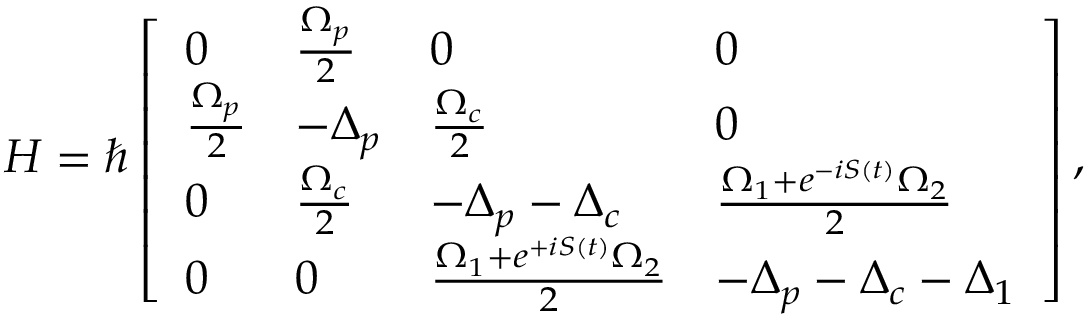
H = \hbar \left[ \begin{array} { l l l l } { 0 } & { \frac { \Omega _ { p } } { 2 } } & { 0 } & { 0 } \\ { \frac { \Omega _ { p } } { 2 } } & { - \Delta _ { p } } & { \frac { \Omega _ { c } } { 2 } } & { 0 } \\ { 0 } & { \frac { \Omega _ { c } } { 2 } } & { - \Delta _ { p } - \Delta _ { c } } & { \frac { \Omega _ { 1 } + e ^ { - i S ( t ) } \Omega _ { 2 } } { 2 } } \\ { 0 } & { 0 } & { \frac { \Omega _ { 1 } + e ^ { + i S ( t ) } \Omega _ { 2 } } { 2 } } & { - \Delta _ { p } - \Delta _ { c } - \Delta _ { 1 } } \end{array} \right] ,